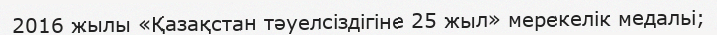
2016 жылы «Қазақстан тәуелсіздігіне 25 жыл» мерекелік медальі;